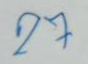
27